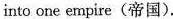
into one empire(帝国).